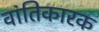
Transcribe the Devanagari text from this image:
वांतिकारक